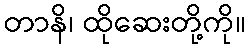
တာနိ၊ ထိုဆေးတို့ကို။